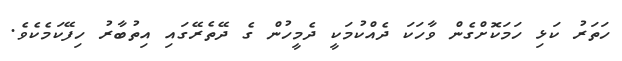
ހަތަރު ކަޅި ހަމަކޮށްގެން ވާހަކަ ދެއްކުމަކީ ދެމީހުން ގެ ދޭތެރޭގައި އިތުބާރު ހިފޭކަމެކެވެ.